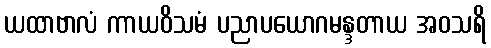
ယထာဗာလံ ကာယဝိသမံ ပညာပယောဂမန္ဒတာယ အဝသရိ